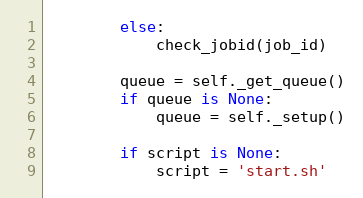
Language: Python
        else:
            check_jobid(job_id)

        queue = self._get_queue()
        if queue is None:
            queue = self._setup()

        if script is None:
            script = 'start.sh'